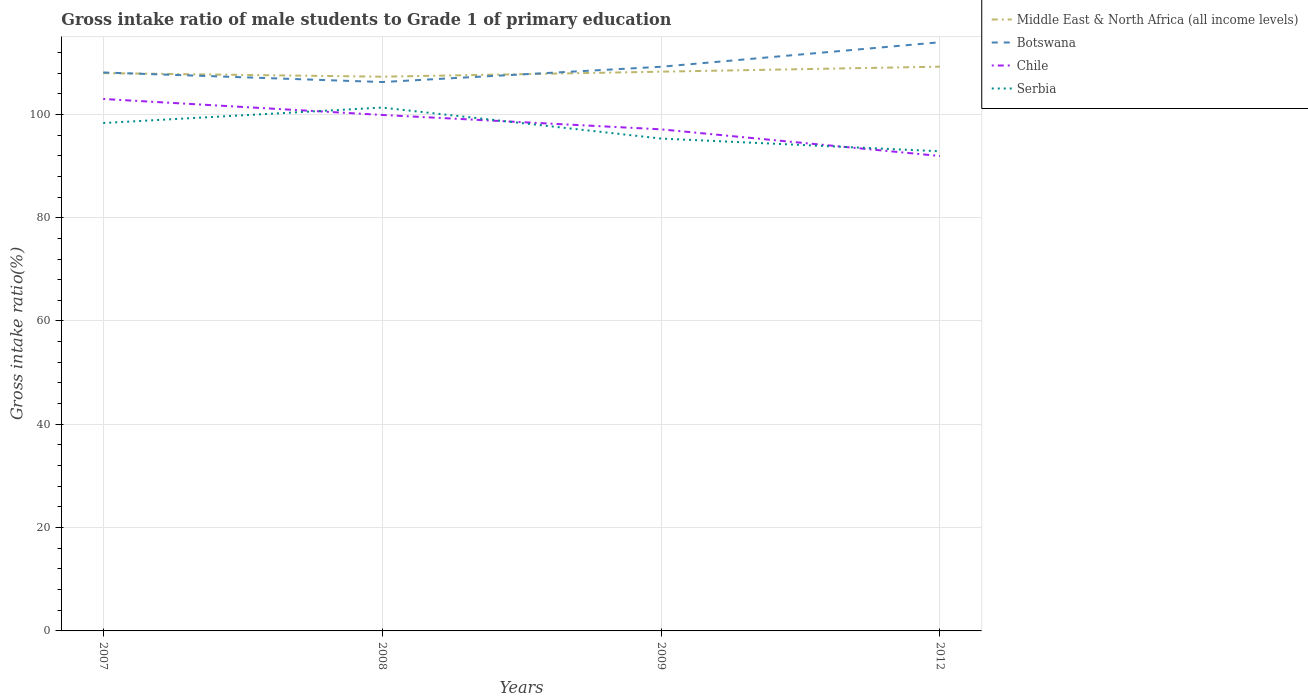
| Years | Middle East & North Africa (all income levels) | Botswana | Chile | Serbia |
 | --- | --- | --- | --- | --- |
 | 2007 | 108 | 108 | 103 | 98.3 |
 | 2008 | 107 | 106 | 99.9 | 101 |
 | 2009 | 108 | 109 | 97.1 | 95.3 |
 | 2012 | 109 | 114 | 91.9 | 92.9 |